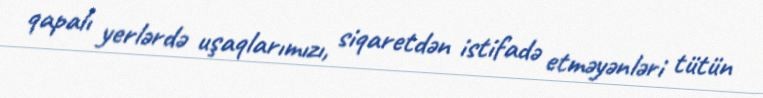
qapalı yerlərdə uşaqlarımızı, siqaretdən istifadə etməyənləri tütün